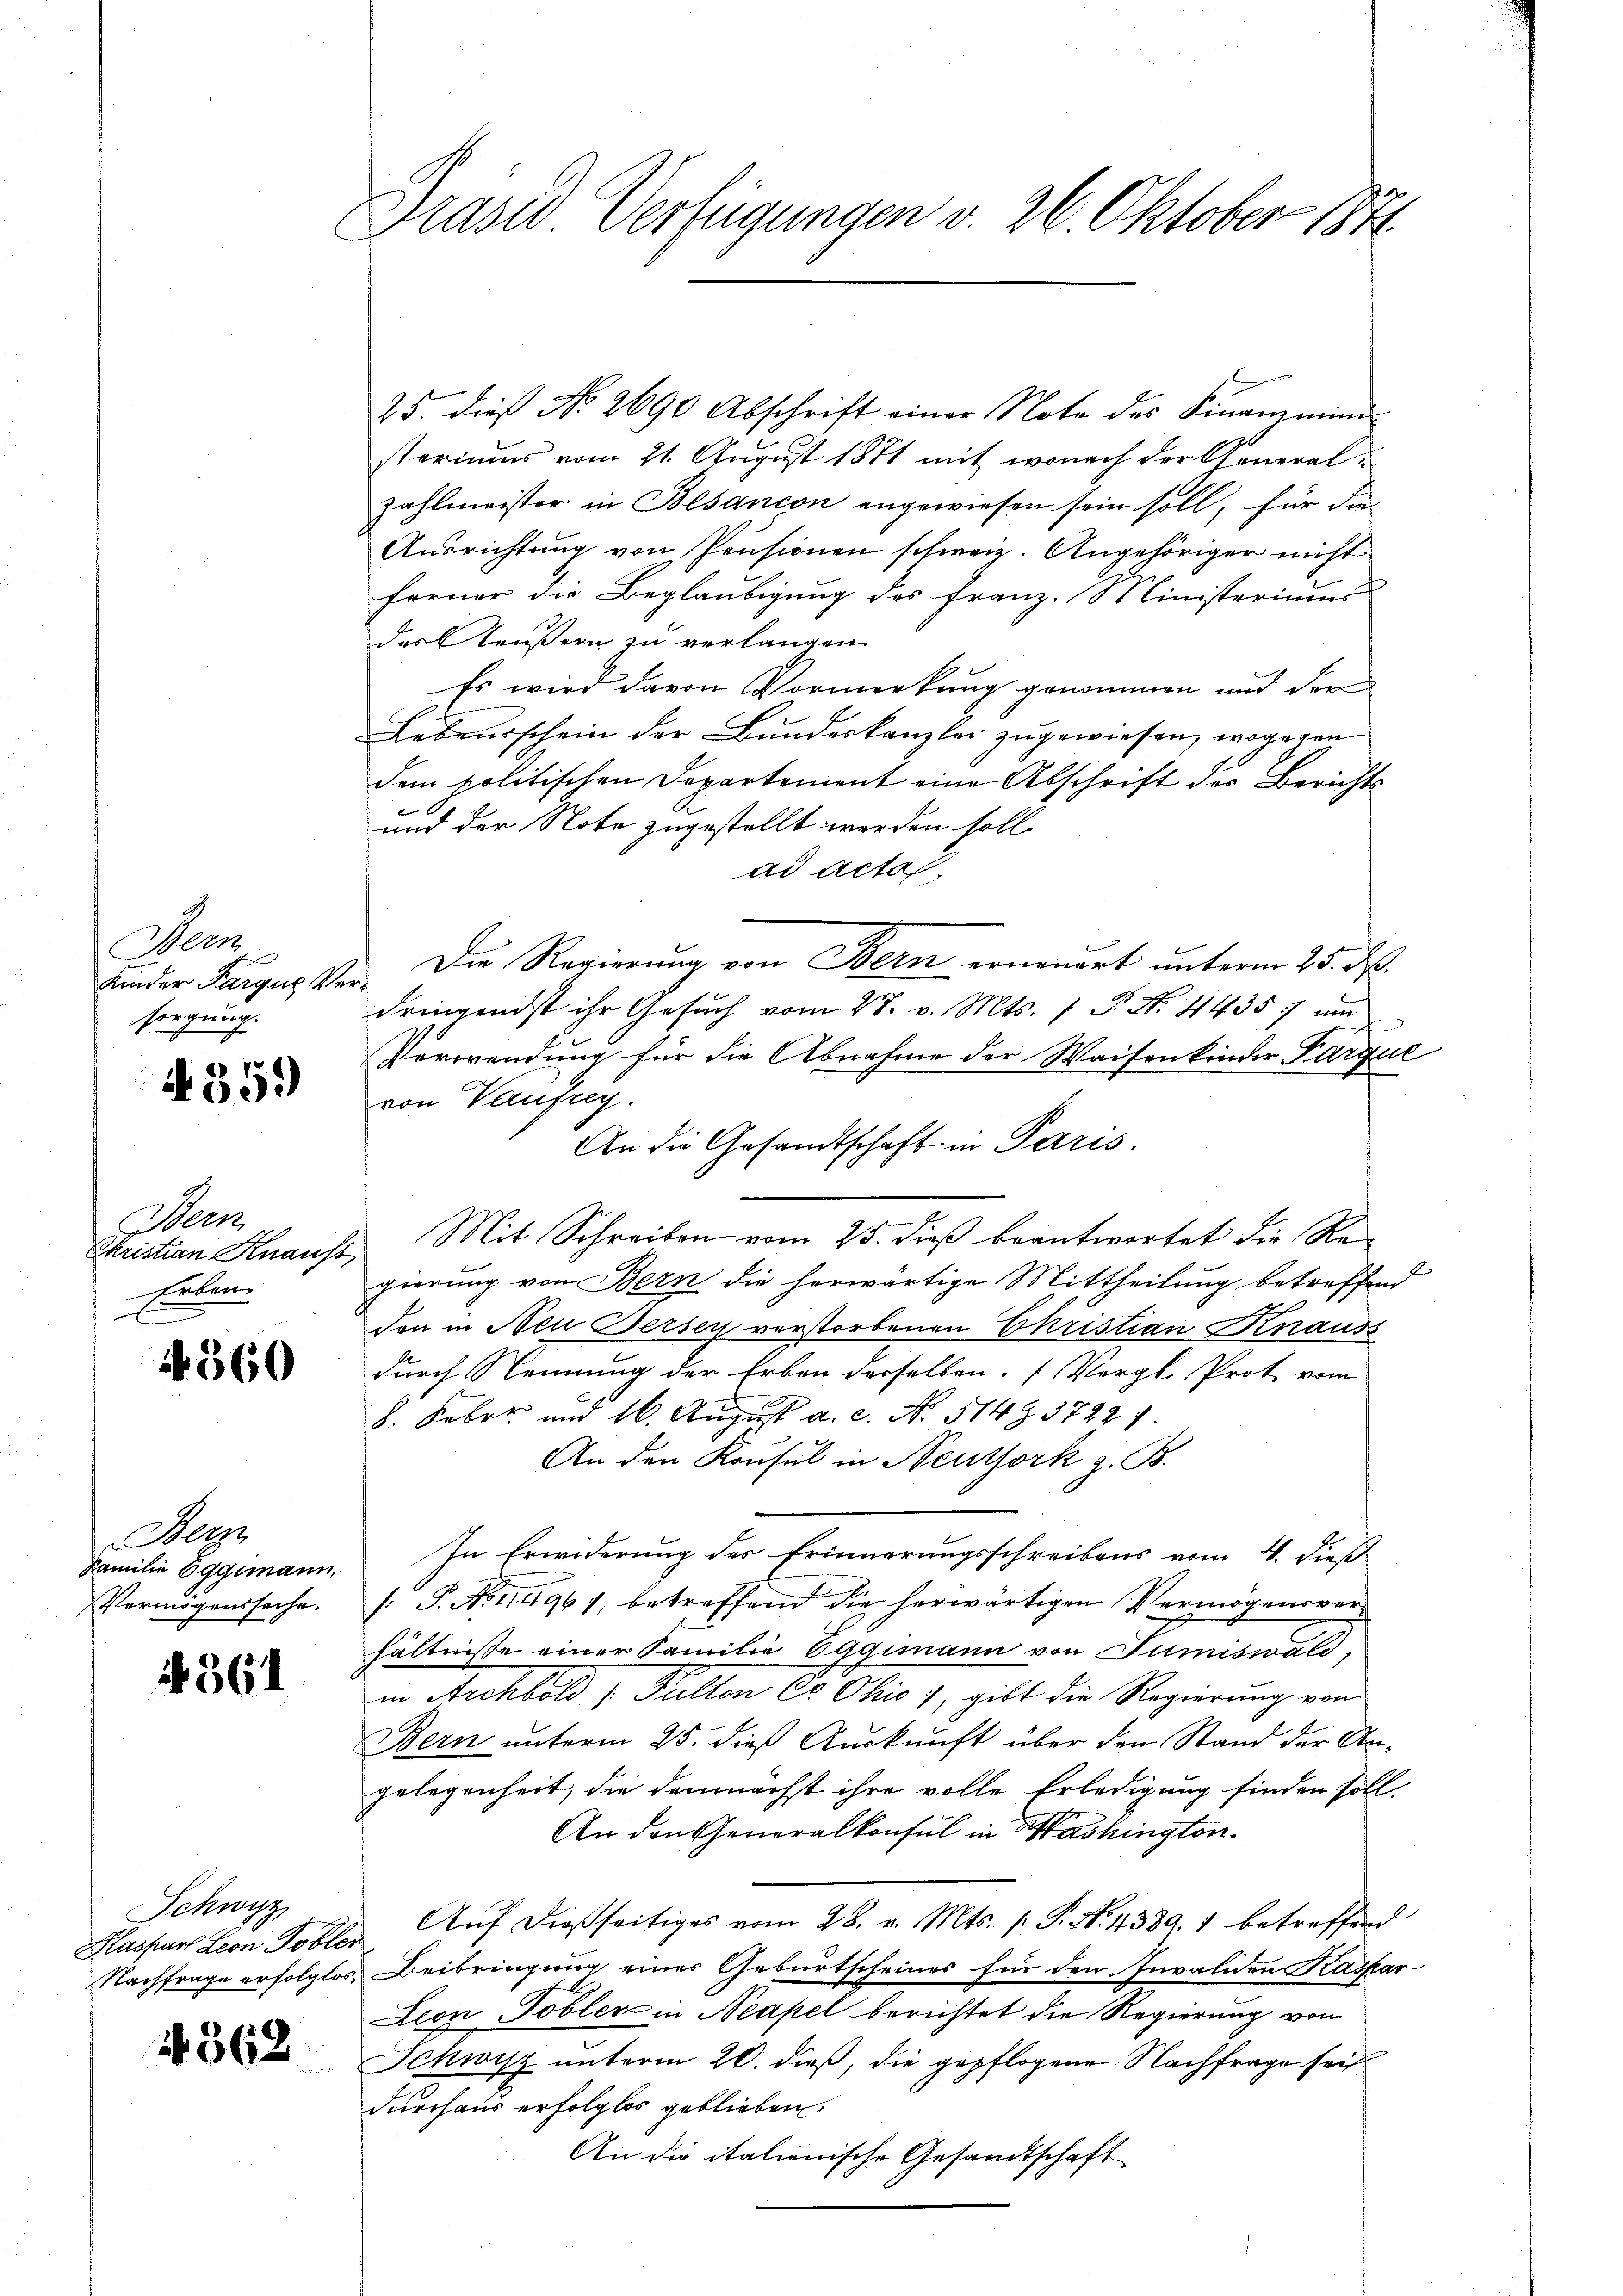
Her
Kinder Pargus Versorgung.

4359

Bern
Christian Knauss
Erben

4560

Berz
Familie Eggimann,
Vermögenssache.

4361

Schwyz
Kaspar Leon Tobler

362

Prasis Verfügungen v. 26. Oktober 1871

25. dies No. 2690 Abschrift einer Note des Finanzmini-
steriums vom 21. August 1871 mit wonach der General-
zahlmeister in Bolsancon angewiesen sein soll, für die
Ausrichtung von Pensionen schweiz. Angehöriger nicht
Ferner die Beglaubigung des Franz. Ministeriums
der Täußern zu verlangen
Es wird davon Vormerkung genommen und der
Lebensschein der Bundeskanzlei zugewiesen, wogegen
dem politischen Departement eine Abschrift des Berichts¬
und der Note zugestellt werden soll.
ad acta.
Die Regierung von Bern erneuert unterm 25. ds.
dringendst ihr Gesŭch vom 27. v. Mts. 1 P. N. 44357 um
Verwendung für die Abnahme der Waisenkinder Parque
von Vaufreg
An die Gesandtschaft in Paris.
Mit Schreiben vom 25. dieß beantwortet die Regierung von Bern die herwärtige Mittheilung betreffend
den in Neu Dersey verstorbenen Christian Knauss
durch Nennung der Erben derselben. (Vergl. Prot vom
8. Febr. und 16. August a. c. N. 514 § 37221.
An den Konsul in Neuthork z. B.
In Erwiderung des Erinnerungsschreibens vom 4. dieß
/: P. Nr. 1964, betreffend die herwärtigen Vermögensverhältnisse einer Familie Eggimann von Tumiswald
in Archbold Fulten C Ohio 1, gibt die Regierung von
Bern unterm 25. dieß Auskunft über den Stand der An-
gelegenheit, die demnächst ihre volle Erledigung finden soll.
An den Generalkonsul in Washington
 Aŭf dießseitiges vom 28. v. Mts. (T. N. 4389. 1 betreffend
Nachfrage erfolglos, Beibringung eines Geburtscheines für den Invaliden Kaspar-
Deon Tobler in Neapel berichtet die Regierung von
Schwyz unterm 20. dieß, die gepflogene Nachfrage sei
durchaus erfolglos geblieben.
An die italienische Gesandtschaft